Report of the Indian Hemp Drugs Commission, 1894-1895 - Volume III
Year: 1894
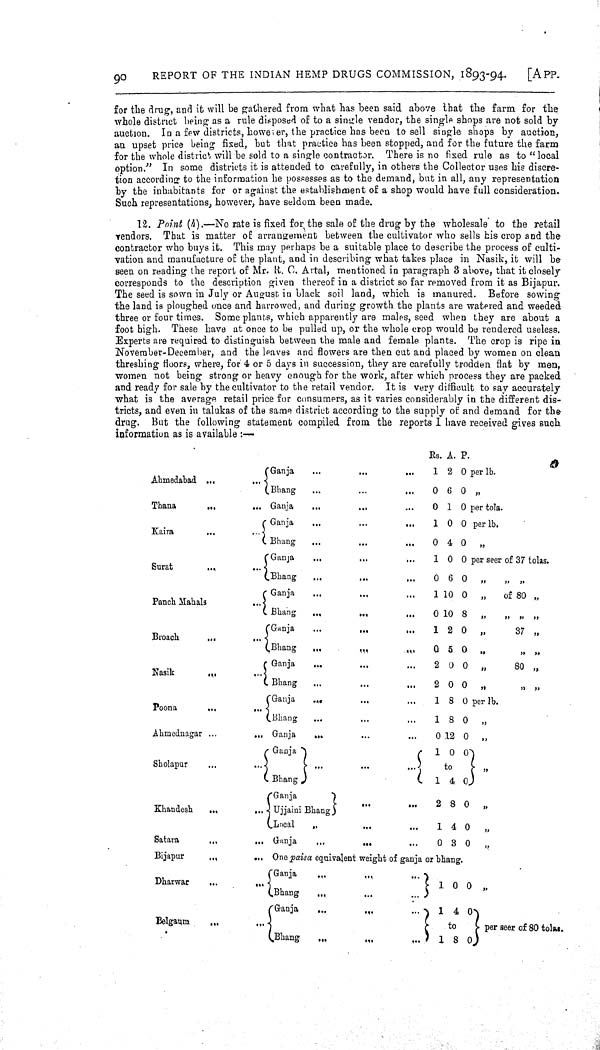
90
REPORT OF THE INDIAN HEMP DRUGS COMMISSION, 1893-94.
[APP.
for the drug, and it will be gathered from what has been said above that the farm for the
whole district being as a rule disposed of to a single vendor, the single shops are not sold by
auction. In a few districts, however, the practice has been to sell single shops by auction,
an upset price being fixed, but that practice has been stopped, and for the future the farm
for the whole district will be sold to a single contractor. There is no fixed rule as to "local
option." In some districts it is attended to carefully, in others the Collector uses his discre-
tion according to the information he possesses as to the demand, but in all, any representation
by the inhabitants for or against the establishment of a shop would have full consideration.
Such representations, however, have seldom been made.
12. Point (h).—No rate is fixed for the sale of the drug by the wholesale to the retail
vendors. That is matter of arrangement between the cultivator who sells his crop and the
contractor who buys it. This may perhaps be a suitable place to describe the process of culti-
vation and manufacture of the plant, and in describing what takes place in Nasik, it will be
seen on reading the report of Mr. R. C. Artal, mentioned in paragraph 3 above, that it closely
corresponds to the description given thereof in a district so far removed from it as Bijapur.
The seed is sown in July or August in black soil land, which is manured. Before sowing
the land is ploughed once and harrowed, and during growth the plants are watered and weeded
three or four times. Some plants, which apparently are males, seed when they are about a
foot high. These have at once to be pulled up, or the whole crop would be rendered useless.
Experts are required to distinguish between the male and female plants. The crop is ripe in
November-December, and the leaves and flowers are then cut and placed by women on clean
threshing floors, where, for 4 or 5 days in succession, they are carefully trodden flat by men,
women not being strong or heavy enough for the work, after which process they are packed
and ready for sale by the cultivator to the retail vendor. It is very difficult to say accurately
what is the average retail price for consumers, as it varies considerably in the different dis-
tricts, and even in talukas of the same district according to the supply of and demand for the
drug. But the following statement compiled from the reports I have received gives such
information as is available:—
Rs. A. P.
Ahmedabad
Ganja
1 2 0 per lb.
Bhang
0 6 0 "
Thana
Ganja
0 1 0 per tola.
Kaira
Ganja
1 0 0 per lb.
Bhang
0 4 0 "
Surat
Ganja
1 0 0 per seer of 37 tolas.
Bhang
0 6 0 " " "
Panch Mahals
Ganja
1 10 0 " of 80 "
Bhang
0 10 8 " " " "
Broach
Ganja
1 2 0
"
37 "
Bhang
0 5 0
"
"
"
Nasik
Ganja
2 0 0 "
80 "
Bhang
2 0 0 "
"
"
Poona
Ganja
1 8 0 per lb.
Bhang
1 8 0 "
Ahmednagar
Ganja
0 12 0 "
Sholapur
Ganja
1 0 0
Sholapur
to "
Bhang
1 4 0
Ganja
2 8 0 "
Khandesh
Ujjaini Bhang
2 8 0 "
Local
1 4 0 "
Satara
Ganja
0 3 0 "
Bijapur
One paisa equivalent weight of ganja or bhang.
Dharwar
Ganja
1 0 0 "
Bhang
1 0 0 "
Ganja
1 4 0
Bel gaum
Bhang
to
per seer of 80 tolas.
1 8 0